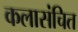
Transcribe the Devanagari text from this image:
कलासंचित